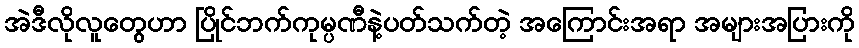
အဲဒီလိုလူတွေဟာ ပြိုင်ဘက်ကုမ္ပဏီနဲ့ပတ်သက်တဲ့ အကြောင်းအရာ အများအပြားကို